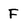
Character: F